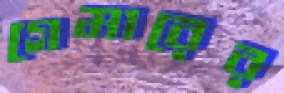
গেমারের